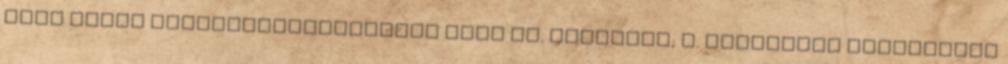
Bőle Márta Vállalkozásszervező szak IV. évfolyam; I. helyezett megosztott